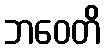
ဘဝေတိ